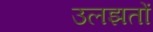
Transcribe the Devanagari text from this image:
उलझतों